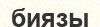
биязы